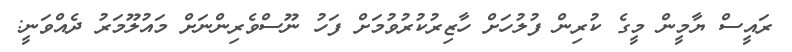
ރައީސް ޔާމީން މީގެ ކުރިން ފުލުހަށް ހާޒިރުކުރުވުމަށް ފަހު ނޫސްވެރިންނަށް މައުލޫމަރު ދެއްވަނީ: